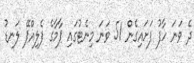
ދެ ވަނަ ހާފު ފަށައިގެން 51 ވަނަ މިނެޓުގައި ޕާމާގެ ފެލިއްޕޭ ލަނޑު